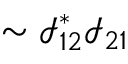
\sim \mathcal { I } _ { 1 2 } ^ { * } \mathcal { I } _ { 2 1 }